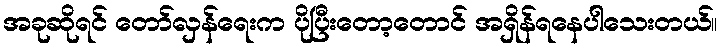
အခုဆိုရင် တော်လှန်ရေးက ပိုပြီးတော့တောင် အရှိန်ရနေပါသေးတယ်။